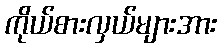
ကိုယ်စားလှယ်များအား